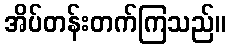
အိပ်တန်းတက်ကြသည်။